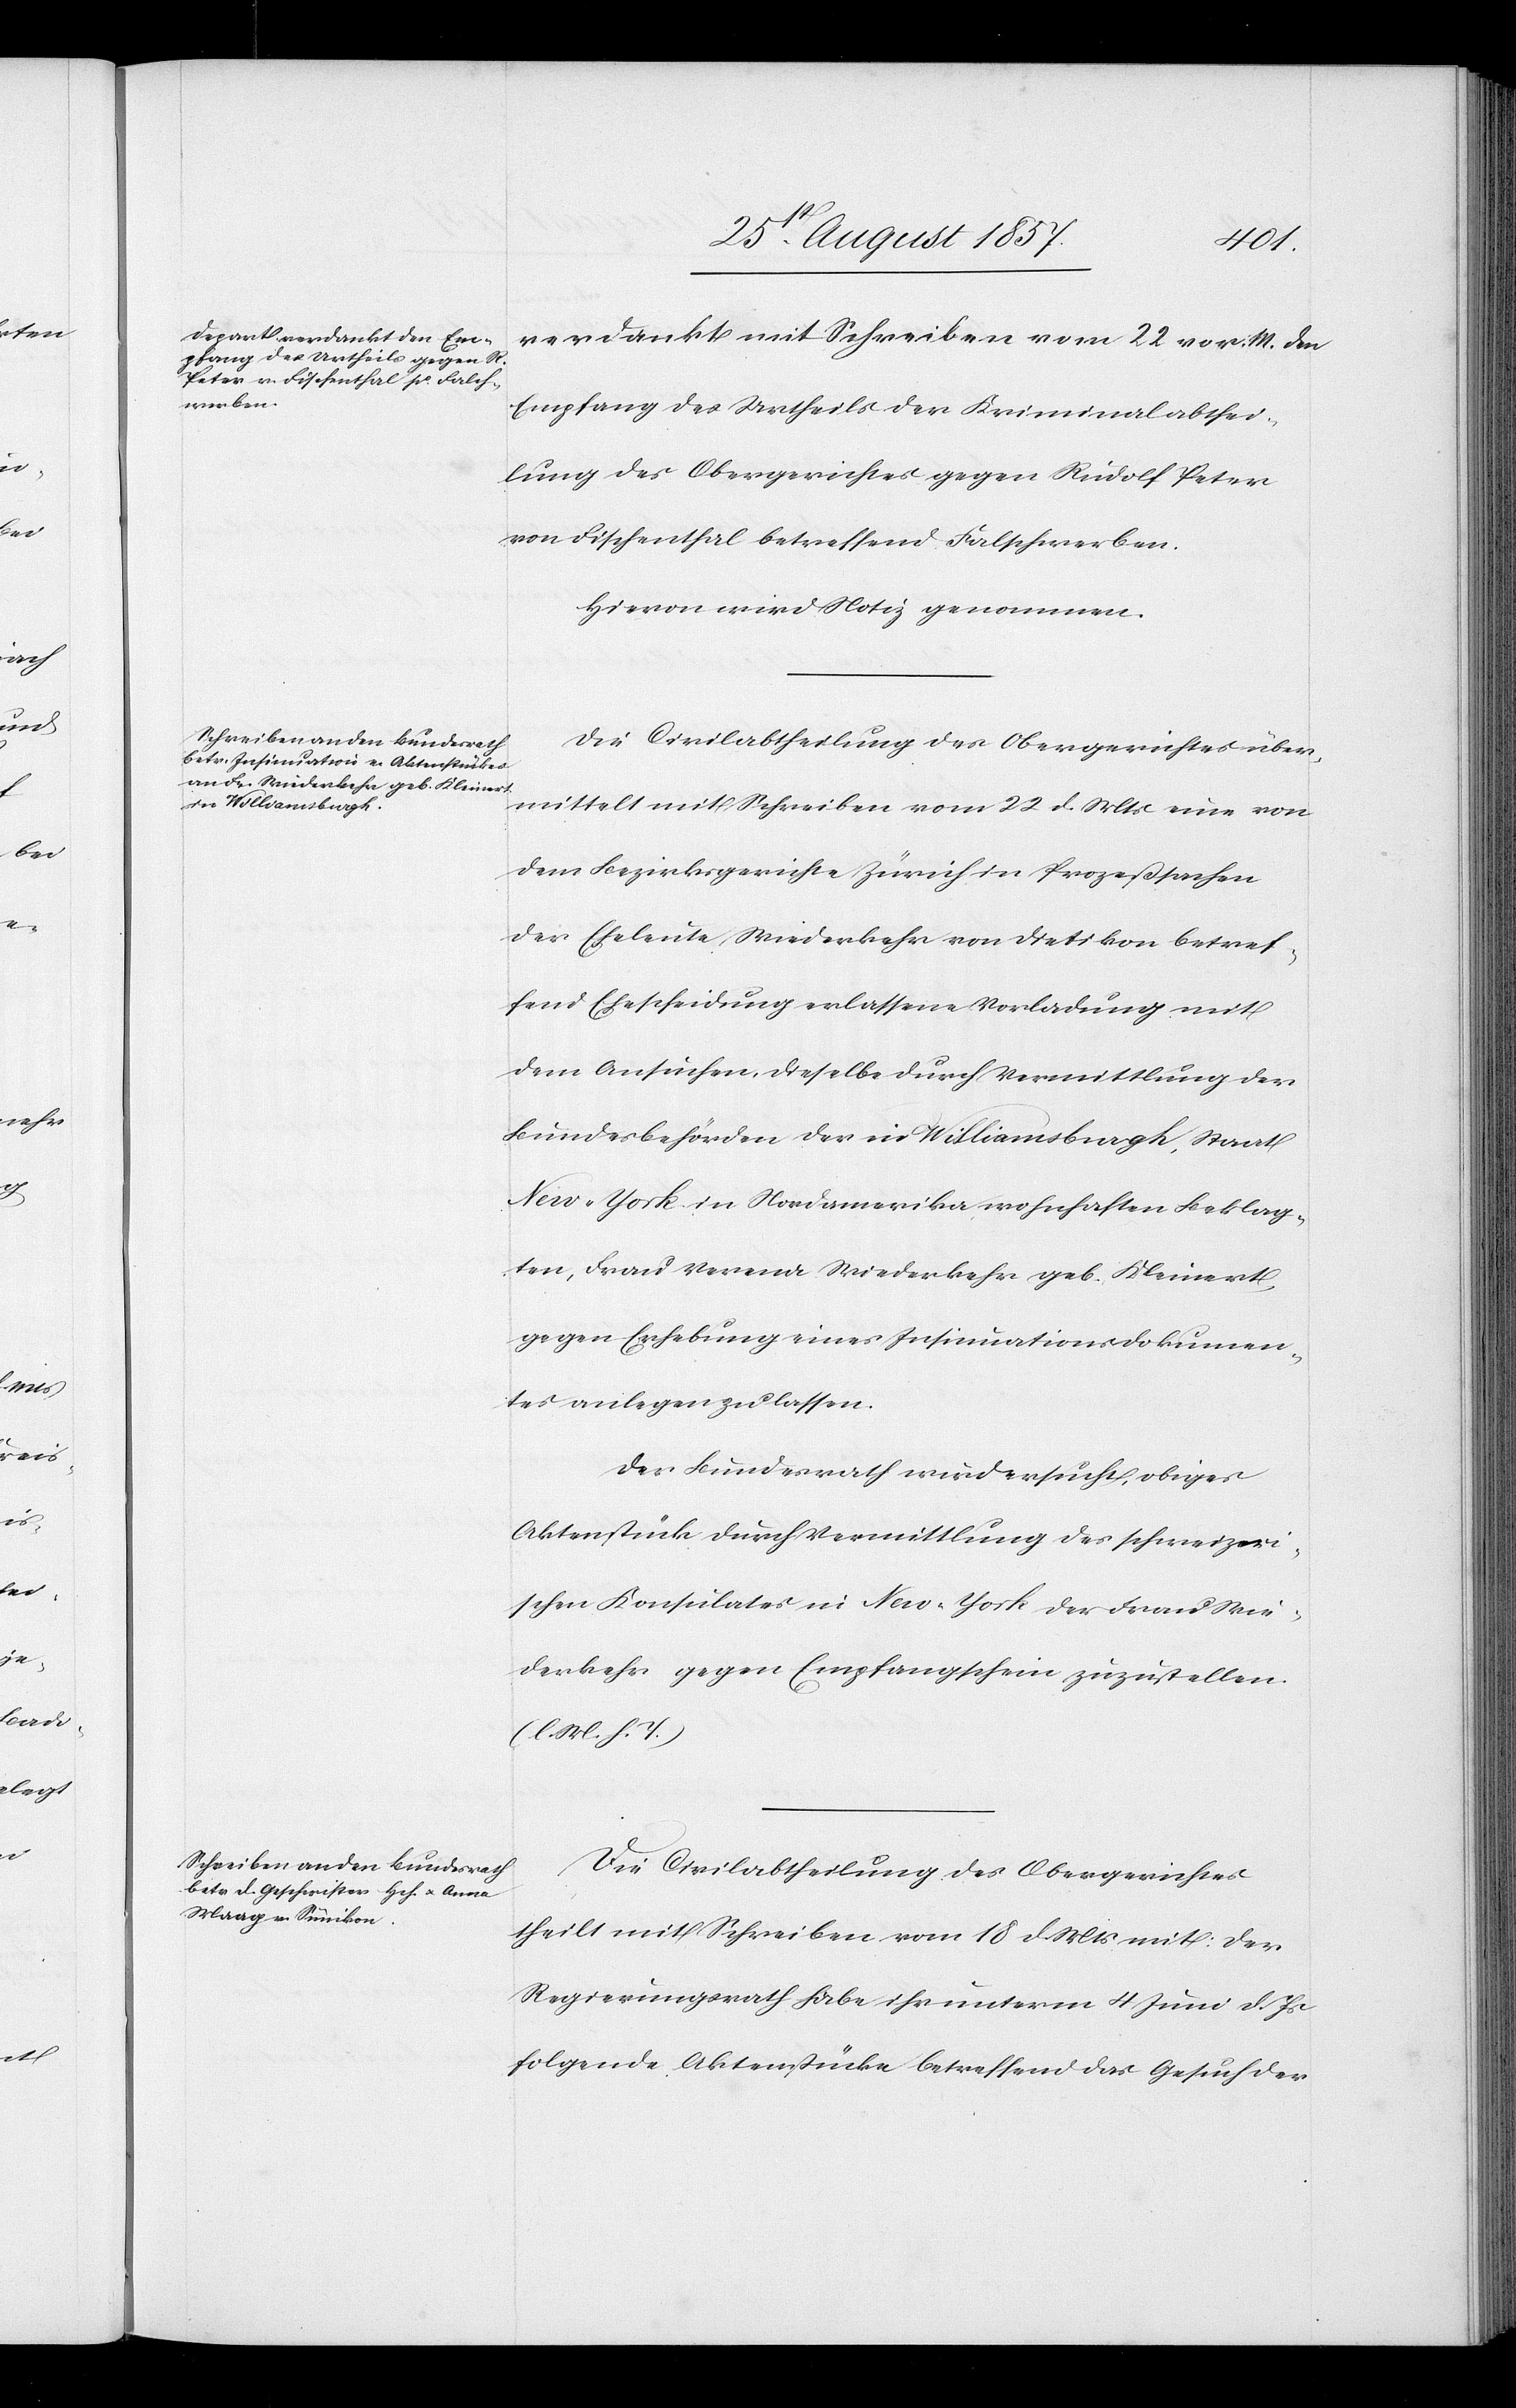
verdankt mit Schreiben vom 22 vor. Mts. den
Empfang des Urtheils der Kriminalabthei¬
lung des Obergerichtes gegen Rudolf Peter
von Fischenthal betreffend Falschwerben.
Hievon wird Notiz genommen.
Die Civilabtheilung des Obergerichtes über¬
mittelt mit Schreiben vom 22 d. Mts. eine von
dem Bezirksgerichte Zürich in Prozeßsachen
der Eheleute Wiederkehr von Dietikon betref¬
fend Ehescheidung erlassene Vorladung mit
dem Ansuchen, dieselbe durch Vermittlung der
Bundesbehörden der in Williamsburgh, Staat
New York, in Nordamerika, wohnhaft Beklag¬
ten, Frau Verena Wiederkehr geb. Kleinert,
gegen Erhebung eines Insinuationsdokumen¬
t anlegen zu lassen.
Der Bundesrath wird ersucht, obiges
Aktenstück durch Vermittlung des schweizeri¬
schen Konsulates in New-York der Frau Wie¬
derkehr gegen Empfangsschein zuzuzstellen.
[l. M. h. T]
Die Civilabtheilung des Obergerichtes
theilt mit Schreiben vom 18 d. Mts. mit: der
Regierungsrath habe ihr unterm 4 Juni d. Js.
folgende Aktenstücke betreffend das Gesuch der